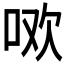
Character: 𭇳